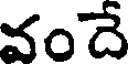
వందే